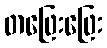
တဖြေးဖြေး